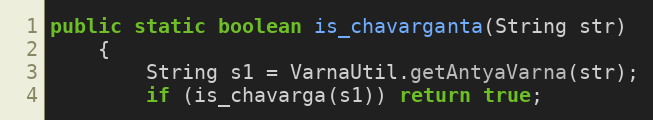
Language: Java
public static boolean is_chavarganta(String str)
    {
        String s1 = VarnaUtil.getAntyaVarna(str);
        if (is_chavarga(s1)) return true;